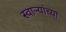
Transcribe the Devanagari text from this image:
स्वाऱ्यांच्या